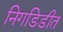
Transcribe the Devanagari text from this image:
निगडिडीत